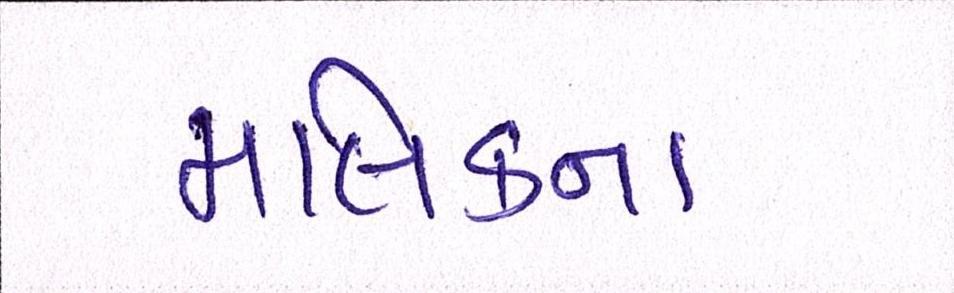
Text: મલિકના